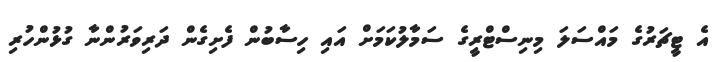
އެ ޓީޗަރުގެ މައްސަލަ މިނިސްޓްރީގެ ސަމާލުކަމަށް އައި ހިސާބުން ފެށިގެން ދަރިވަރުންނާ ގުޅުންހުރި